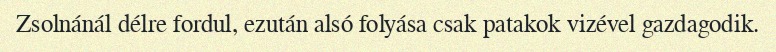
Zsolnánál délre fordul, ezután alsó folyása csak patakok vizével gazdagodik.